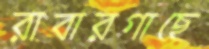
রাবারগাছে